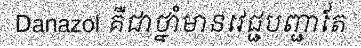
Danazol គឺជាថ្នាំមានវេជ្ជបញ្ជាតែ